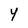
Character: Y